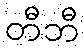
တီဘီ